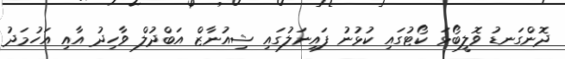
ދޮންގަނޑު ވޮލީބޯޅަ ކޯޓުގައި ކުޅުނު ފައިނަލުގައި ޝިއުނާޒް އަބްދުލް ވާހިދު އާއި އަހުމަދު